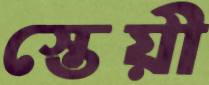
স্তেয়ী